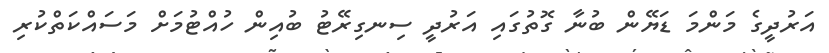
އަރުދީގެ މަންމަ ޑަޔޭން ބުނާ ގޮތުގައި އަރުދީ ސިނގިރޭޓު ބުއިން ހުއްޓުމަށް މަސައްކަތްކުރި